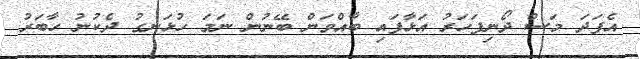
އެފަދަ މަސް ދޯނިފަހަރު އަޅާފައި ބާއްވަން ބޭނުން ނަމަ ހުޅަނގު ދެކުނު ހާބަރު